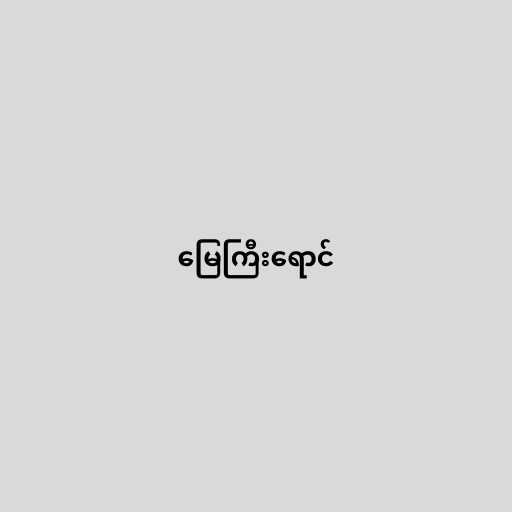
မြေကြီးရောင်